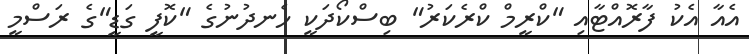
އެއާ އެކު ފާރޮއްޓާއި "ކްރީމް ކްރެކަރު" ބިސްކޯދަކީ ހެނދުނުގެ "ކޮފީ ގަޑީ"ގެ ރަސްމީ